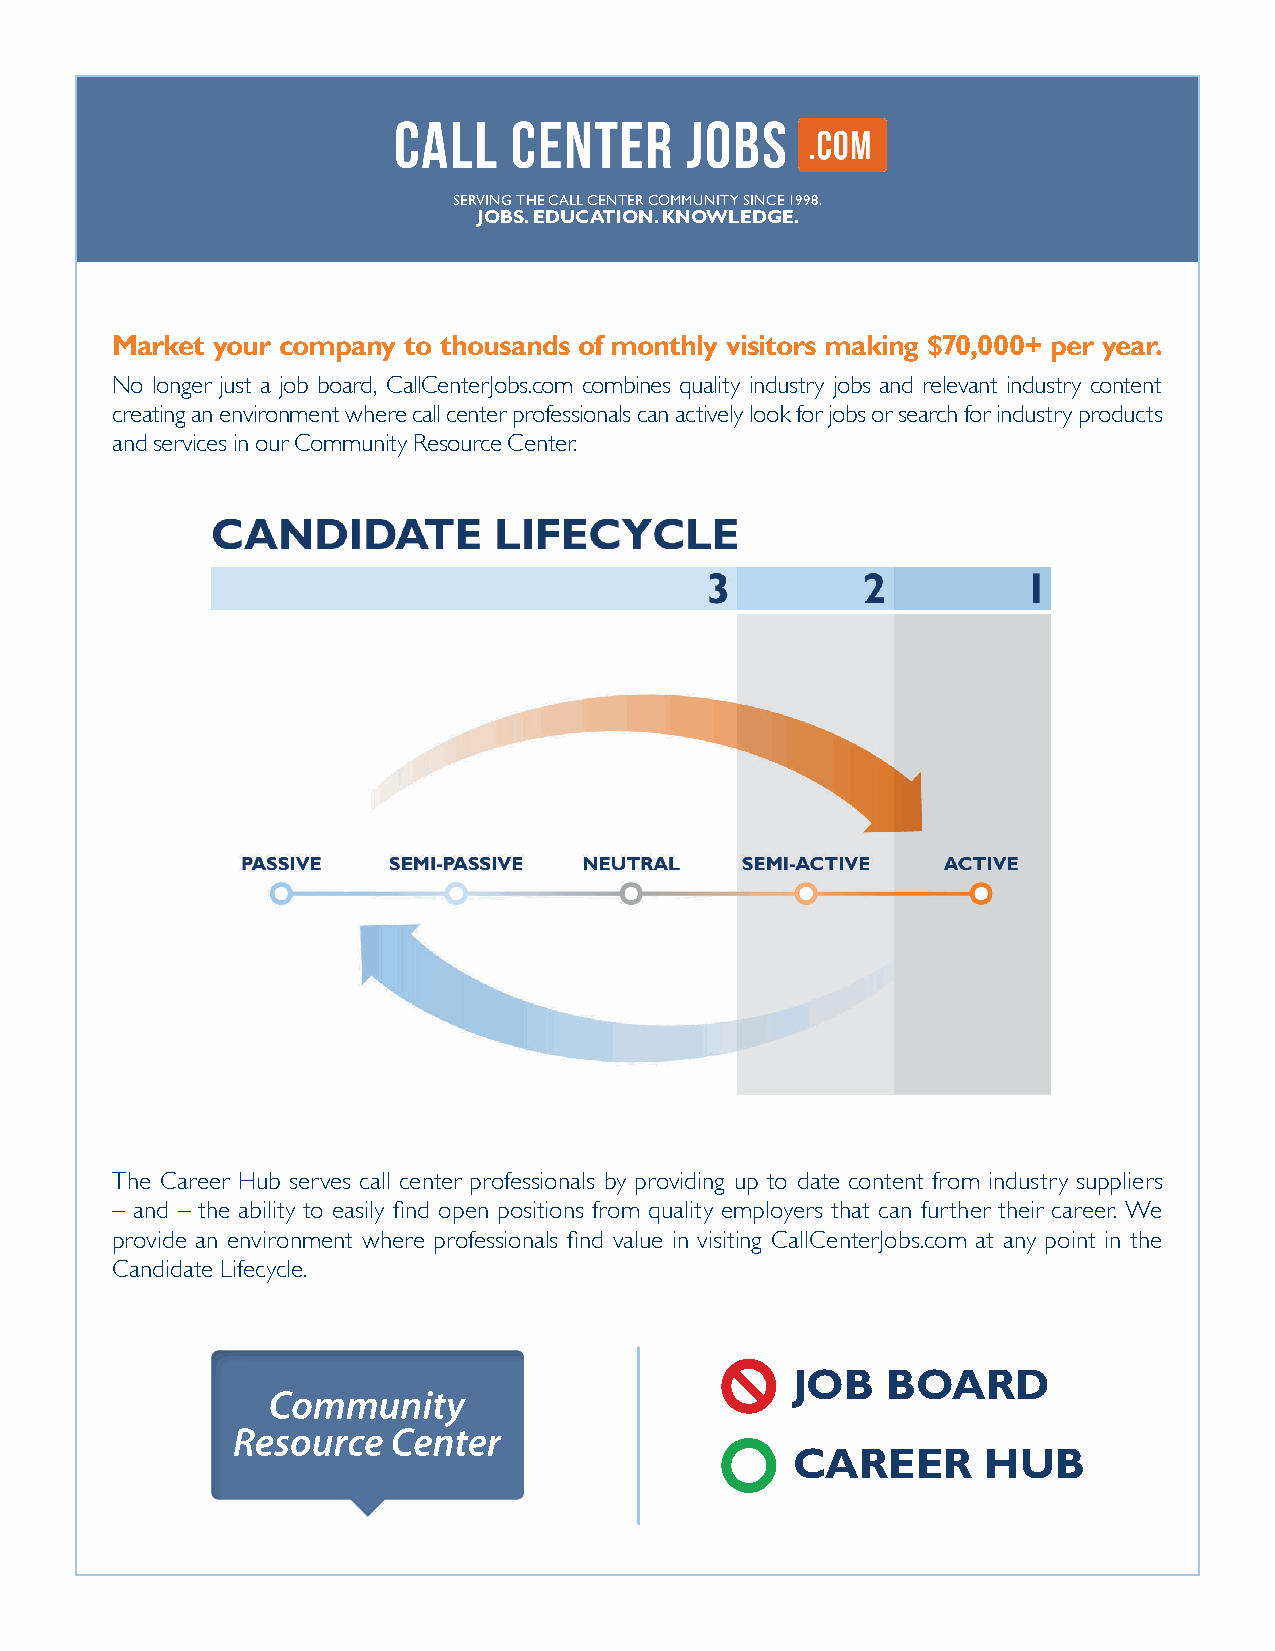
SERVING THE CALL CENTER COMMUNITY SINCE 1998.
 JOBS. EDUCATION. KNOWLEDGE.
 Market your company to thousands of monthly visitors making $70,000+ per year.
 No longer just a job board, CallCenterJobs.com combines quality industry jobs and relevant industry content
 creating an environment where call center professionals can actively look for jobs or search for industry products
 and services in our Community Resource Center.
 The Career Hub serves call center professionals by providing up to date content from industry suppliers
 – and – the ability to easily find open positions from quality employers that can further their career. We
 provide an environment where professionals find value in visiting CallCenterJobs.com at any point in the
 Candidate Lifecycle.
 JOB    BOARD
 CAREER       HUB